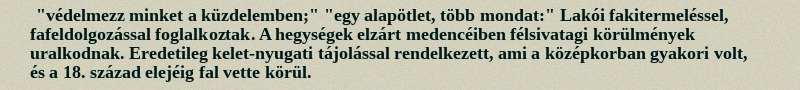
"védelmezz minket a küzdelemben;" "egy alapötlet, több mondat:" Lakói fakitermeléssel, fafeldolgozással foglalkoztak. A hegységek elzárt medencéiben félsivatagi körülmények uralkodnak. Eredetileg kelet-nyugati tájolással rendelkezett, ami a középkorban gyakori volt, és a 18. század elejéig fal vette körül.